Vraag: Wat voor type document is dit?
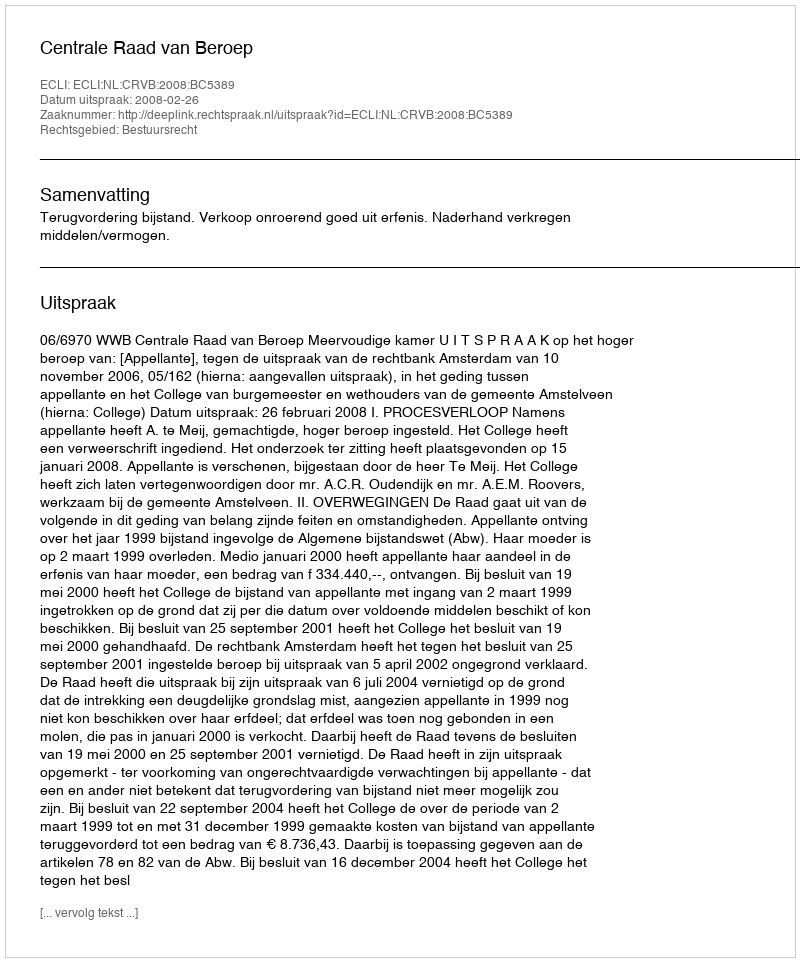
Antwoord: Uitspraak